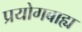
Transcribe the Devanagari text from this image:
प्रयोगबाह्य